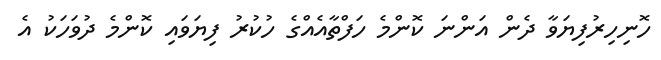
ހޮނިހިރުފިޔަވާ ދެން އަންނަ ކޮންމެ ހަފްތާއެއްގެ ހުކުރު ފިޔަވައި ކޮންމެ ދުވަހަކު އެ